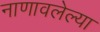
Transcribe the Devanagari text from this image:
नाणावलेल्या